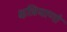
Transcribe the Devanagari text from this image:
क्षत्रियाणां